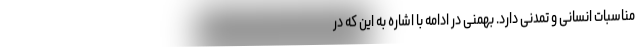
مناسبات انسانی و تمدنی دارد. بهمنی در ادامه با اشاره به این که در